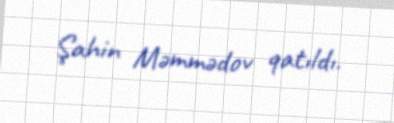
Şahin Məmmədov qatıldı.